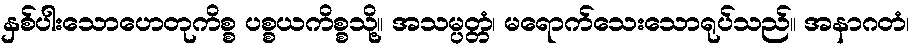
နှစ်ပါးသောဟေတုကိစ္စ ပစ္စယကိစ္စသို့။ အသမ္ပတ္တံ၊ မရောက်သေးသောရုပ်သည်။ အနာဂတံ၊